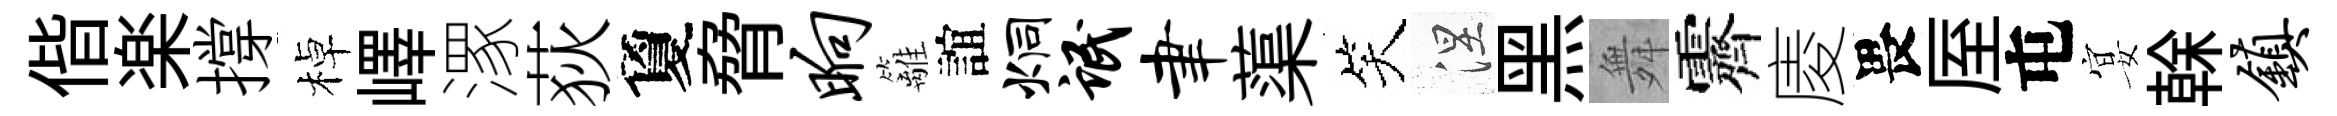
偕楽撐棹嶧潈荻夐脅晌籬誼炯氓聿蕖笑涅黑舞霽庱畏厔屯宴𠏉镇